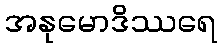
အနုမောဒိဿရေ